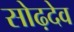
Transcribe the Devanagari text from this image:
सोढ़देव